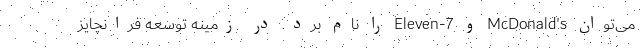
می­توان McDonald's و 7-Eleven را نام برد. در زمینه توسعه فرانچایز